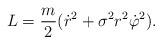
LaTeX: \begin{align*}L=\frac{m}{2}(\dot{r}{}^2+\sigma^2 r^2\dot{\varphi}{}^2).\end{align*}